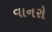
વાનરો